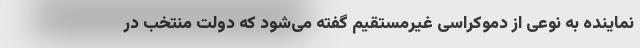
نماینده به نوعی از دموکراسی غیرمستقیم گفته می‌شود که دولت منتخب در